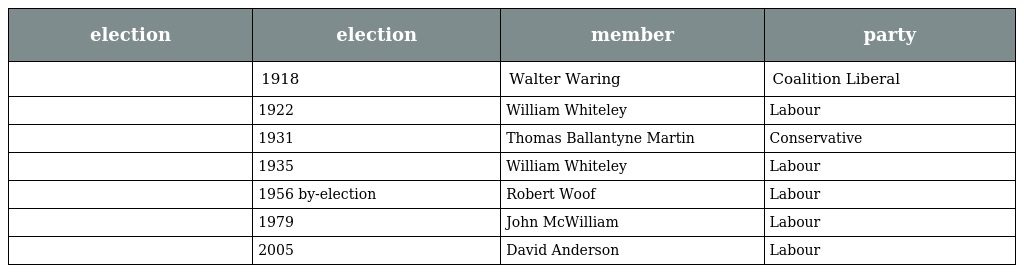
| election | election | member | party |
 | --- | --- | --- | --- |
 |  | 1918 | Walter Waring | Coalition Liberal |
 |  | 1922 | William Whiteley | Labour |
 |  | 1931 | Thomas Ballantyne Martin | Conservative |
 |  | 1935 | William Whiteley | Labour |
 |  | 1956 by-election | Robert Woof | Labour |
 |  | 1979 | John McWilliam | Labour |
 |  | 2005 | David Anderson | Labour |